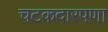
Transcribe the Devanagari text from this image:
चटकदारपणा